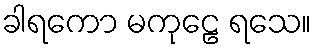
ခါရကော မကုဠေ ရသေ။